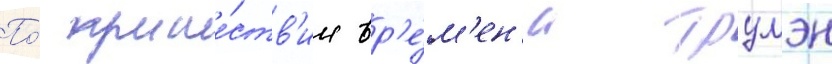
По́ проше́ств'ии вр'е́м'ен'и трумэн